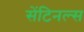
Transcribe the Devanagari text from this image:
सेंटिनल्स